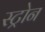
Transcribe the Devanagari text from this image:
स्ट्रोन